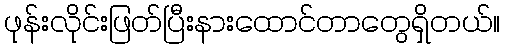
ဖုန်းလိုင်းဖြတ်ပြီးနားထောင်တာတွေရှိတယ်။